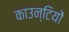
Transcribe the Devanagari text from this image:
काउन्टियों